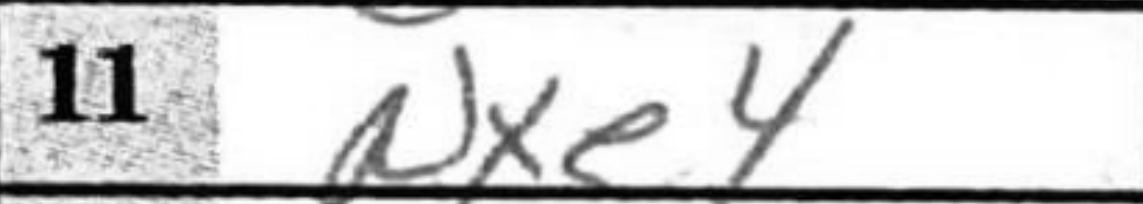
Transcription: Nxe4